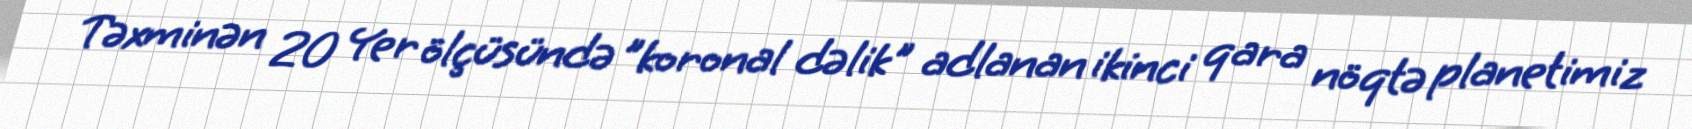
Təxminən 20 Yer ölçüsündə "koronal dəlik" adlanan ikinci qara nöqtə planetimiz